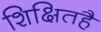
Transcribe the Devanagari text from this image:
शिक्षितहै